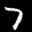
Label: 7